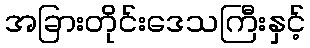
အခြားတိုင်းဒေသကြီးနှင့်